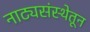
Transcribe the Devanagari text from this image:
नाट्यसंस्थेतून